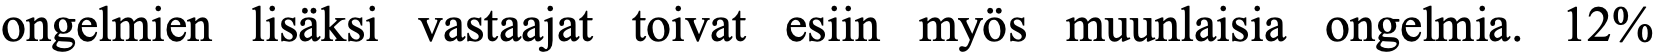
ongelmien lisäksi vastaajat toivat esiin myös muunlaisia ongelmia. 12%